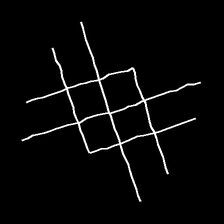
Glyph: crystal